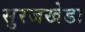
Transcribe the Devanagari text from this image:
सुरजखेडा